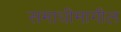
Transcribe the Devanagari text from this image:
समाधीमागील